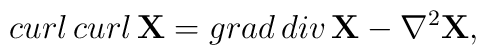
curl\, curl\, {\bf X} = grad\, div\, {\bf X} -{\bf \nabla}^2 {\bf X},